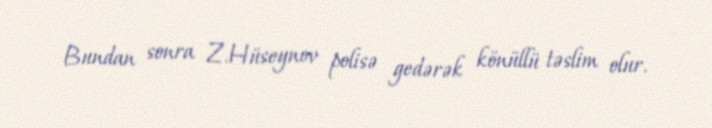
Bundan sonra Z.Hüseynov polisə gedərək könüllü təslim olur.